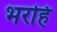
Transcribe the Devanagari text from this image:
भरहिं